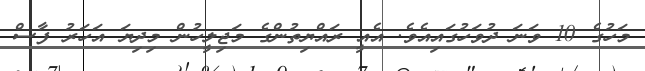
މަހުގެ 10 ވަނަ ދުވަހުގައިއެވެ. އެއީ ރައްޔިތުންގެ މަޖިލީހުން މިދިޔަ އަހަރު ފާސް